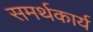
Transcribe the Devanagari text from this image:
समर्थकार्य